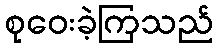
စုဝေးခဲ့ကြသည်